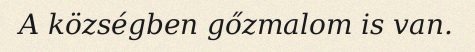
A községben gőzmalom is van.